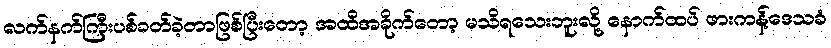
လက်နက်ကြီးပစ်ခတ်ခဲ့တာဖြစ်ပြီးတော့ အထိအခိုက်တော့ မသိရသေးဘူးလို့ နောက်ထပ် ဖားကန့်ဒေသခံ